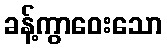
ခန့်ကွာဝေးသော